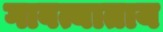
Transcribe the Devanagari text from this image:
गावत्याताय